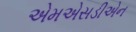
એમએસડીએન